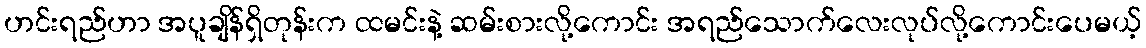
ဟင်းရည်ဟာ အပူချိန်ရှိတုန်းက ထမင်းနဲ့ ဆမ်းစားလို့ကောင်း အရည်သောက်လေးလုပ်လို့ကောင်းပေမယ့်